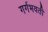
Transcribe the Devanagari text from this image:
गर्गभवती